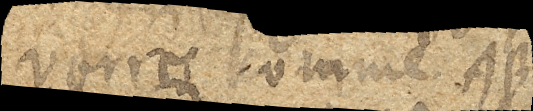
verres comme AB.